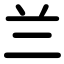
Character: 兰